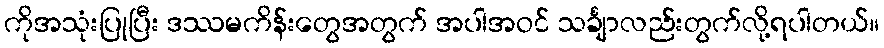
ကိုအသုံးပြုပြီး ဒဿမကိန်းတွေအတွက် အပါအဝင် သင်္ချာလည်းတွက်လို့ရပါတယ်။